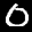
Label: 0